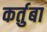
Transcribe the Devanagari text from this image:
कर्तुबा